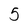
Character: 5